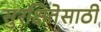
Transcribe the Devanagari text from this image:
सुरक्षितेसाठी